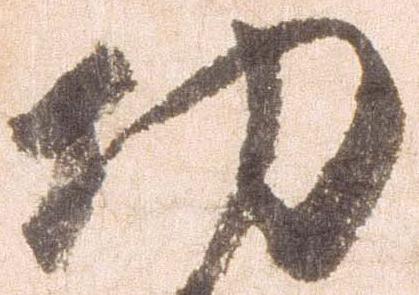
功